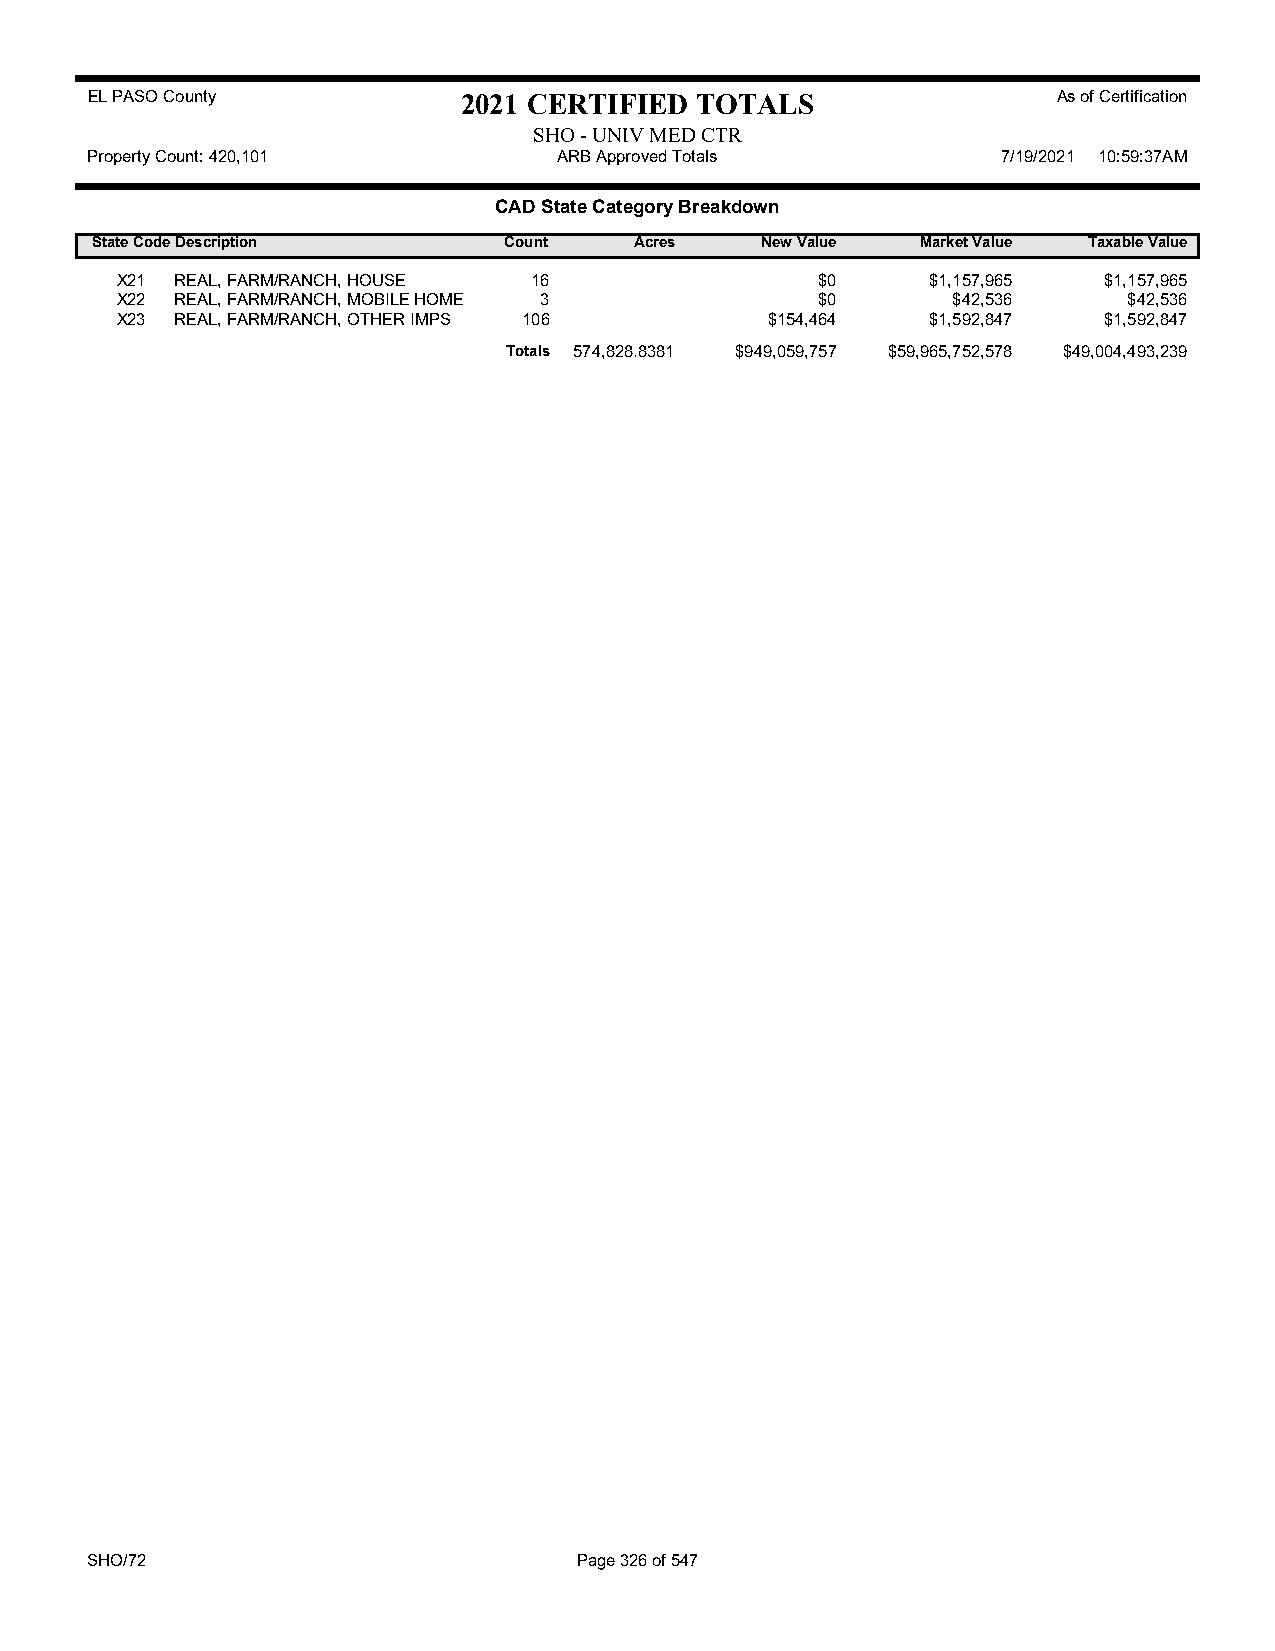
EL PASO County           2021 CERTIFIED TOTALS                  As of Certification
 SHO - UNIV MED CTR
 Property Count: 420,101        ARB Approved Totals          7/19/2021 10:59:37AM
 CAD State Category Breakdown
 State CodeDescription      Count    Acres   New Value  Market Value Taxable Value
 X21 REAL, FARM/RANCH, HOUSE 16                $0      $1,157,965 $1,157,965
 X22 REAL, FARM/RANCH, MOBILE HOME 3           $0       $42,536     $42,536
 X23 REAL, FARM/RANCH, OTHER IMPS 106       $154,464   $1,592,847 $1,592,847
 Totals 574,828.8381 $949,059,757 $59,965,752,578 $49,004,493,239
 SHO/72                          Page 326 of 547